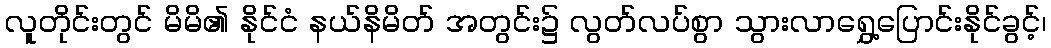
လူတိုင်းတွင် မိမိ၏ နိုင်ငံ နယ်နိမိတ် အတွင်း၌ လွတ်လပ်စွာ သွားလာရွှေ့ပြောင်းနိုင်ခွင့်၊